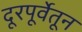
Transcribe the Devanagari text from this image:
दूरपूर्वेतून